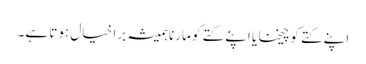
اپنے کتے کو چیخنا یا اپنے کتے کو مارنا ہمیشہ برا خیال ہوتا ہے۔